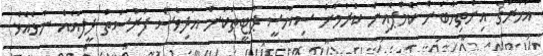
އަހަރުގެ އިންތިޚާބަށް ކެމްޕެއިން ކުރުމަށް ސިޔާސީ ޕާޓީތަކަށް އަދިވެސް ފުރުސަތު ދީފައެއް ނުވެއެވެ.